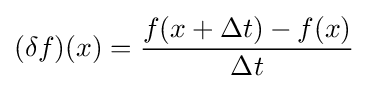
{(\delta f)(x)={{f(x+\Delta t)-f(x)} \over {\Delta t}}}